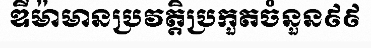
ឌីម៉ាមានប្រវត្តិប្រកួតចំនួន៩៩